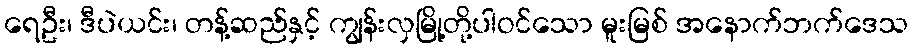
ရေဦး၊ ဒီပဲယင်း၊ တန့်ဆည်နှင့် ကျွန်းလှမြို့တို့ပါဝင်သော မူးမြစ် အနောက်ဘက်ဒေသ